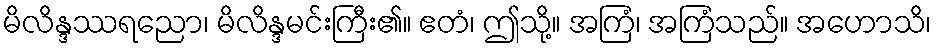
မိလိန္ဒဿရညော၊ မိလိန္ဒမင်းကြီး၏။ ဧတံ၊ ဤသို့။ အကြံ၊ အကြံသည်။ အဟောသိ၊